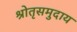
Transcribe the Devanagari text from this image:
श्रोतृसमुदाय